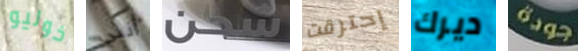
خوليو أنني شحن إحترقت ديرك جودة